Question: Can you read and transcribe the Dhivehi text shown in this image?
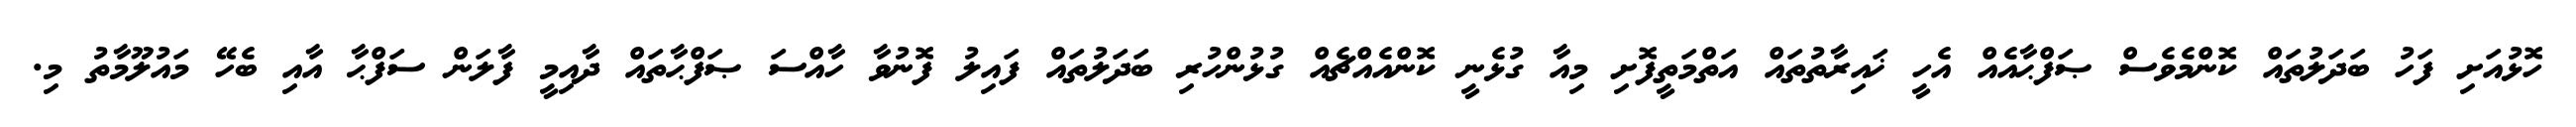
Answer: ހޮޅުއަށި ފަހު ބަދަލުތައް ކޮންމެވެސް ޞަފްޙާއެއް އެހީ ޚައިރާތުތައް އަތްމަތީފޮށި މިއާ ގުޅެނީ ކޮންއެއްޗެއް ގުޅުންހުރި ބަދަލުތައް ފައިލު ފޮނުވާ ހާއްސަ ޞަފްޙާތައް ދާއިމީ ފާލަން ސަފްޙާ އާއި ބެހޭ މައުލޫމާތު މި.